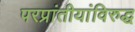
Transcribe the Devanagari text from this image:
परप्रांतीयांविरुद्ध